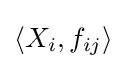
\langle X_{i},f_{ij}\rangle